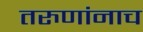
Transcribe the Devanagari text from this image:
तरुणांनाच